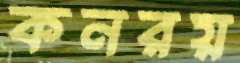
কনরয়